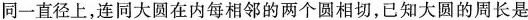
同一直径上，连同大圆在内每相邻的两个圆相切，已知大圆的周长是